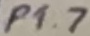
Text: P1.7